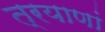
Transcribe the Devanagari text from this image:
त्रयाणां